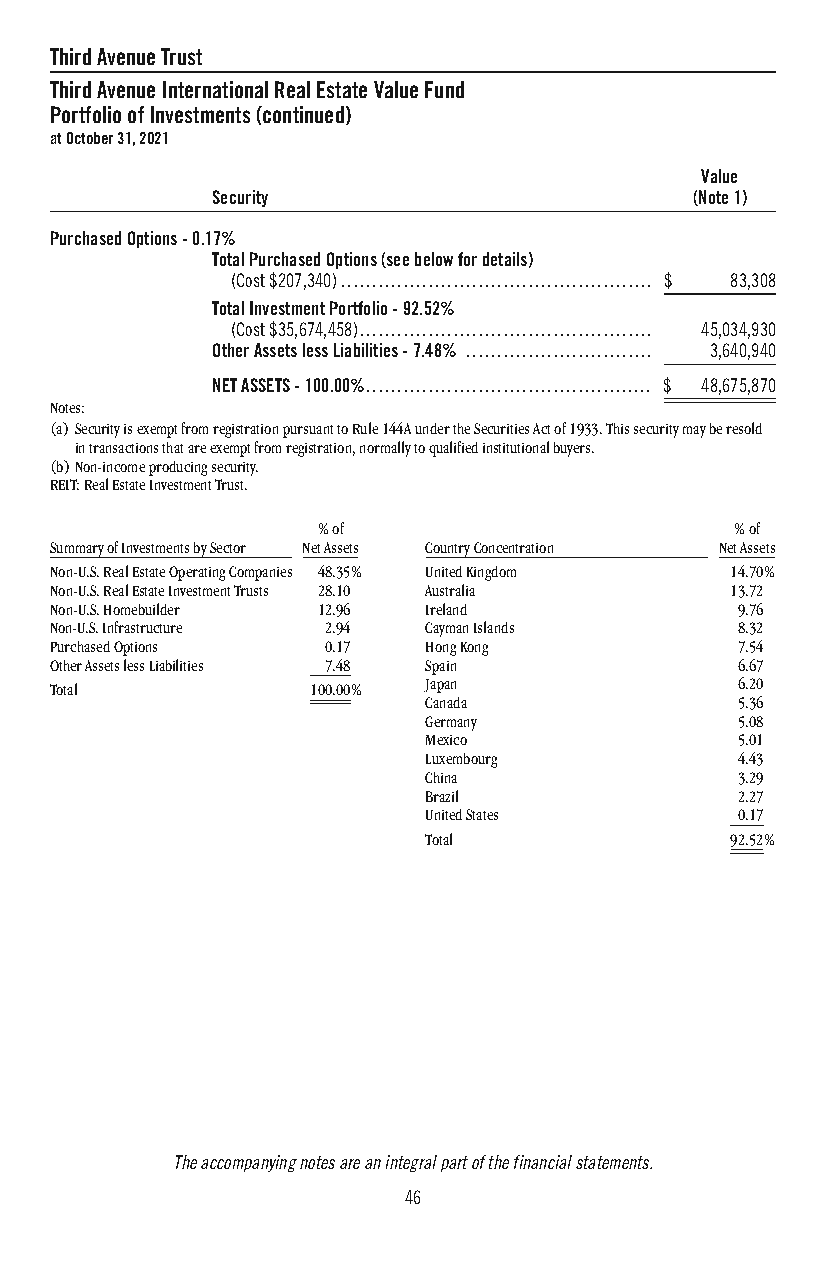
ThirdAvenueTrust
 ThirdAvenueInternationalRealEstateValueFund
 PortfolioofInvestments(continued)
 atOctober31,2021
 Value
 Security                        (Note1)
 PurchasedOptions-0.17%
 TotalPurchasedOptions(seebelowfordetails)
 (Cost$207,340).................................................. $ 83,308
 TotalInvestmentPortfolio-92.52%
 (Cost$35,674,458)............................................... 45,034,930
 OtherAssetslessLiabilities-7.48% .............................. 3,640,940
 NETASSETS-100.00%.............................................. $ 48,675,870
 Notes:
 (a)SecurityisexemptfromregistrationpursuanttoRule144AundertheSecuritiesActof1933.Thissecuritymayberesold
 intransactionsthatareexemptfromregistration,normallytoqualifiedinstitutionalbuyers.
 (b)Non-incomeproducingsecurity.
 REIT:RealEstateInvestmentTrust.
 %of                         %of
 SummaryofInvestmentsbySector NetAssets CountryConcentration NetAssets
 Non-U.S.RealEstateOperatingCompanies 48.35% UnitedKingdom 14.70%
 Non-U.S.RealEstateInvestmentTrusts 28.10 Australia 13.72
 Non-U.S.Homebuilder 12.96 Ireland             9.76
 Non-U.S.Infrastructure 2.94 CaymanIslands     8.32
 PurchasedOptions  0.17   HongKong             7.54
 OtherAssetslessLiabilities 7.48 Spain         6.67
 Total             100.00% Japan               6.20
 Canada               5.36
 Germany              5.08
 Mexico               5.01
 Luxembourg           4.43
 China                3.29
 Brazil               2.27
 UnitedStates         0.17
 Total               92.52%
 Theaccompanyingnotesareanintegralpartofthefinancialstatements.
 46